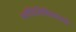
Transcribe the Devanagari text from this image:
स्पाँडिलिसिसमध्ये